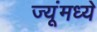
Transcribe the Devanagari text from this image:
ज्यूंमध्ये